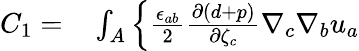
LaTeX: \begin{array}{rl}{C_{1}=}&{{}\int_{A}\left\{ \frac{\epsilon_{ab}}{2}\frac{\partial(d+p)}{\partial{\zeta}_{c}}\nabla_{c}\nabla_{b}{u}_{a}\right.}\end{array}